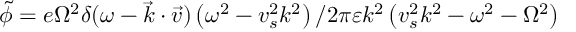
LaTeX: \widetilde { \phi } = e \Omega ^ { 2 } \delta ( \omega - \overrightarrow { k } \cdot \overrightarrow { v } ) \left( \omega ^ { 2 } - v _ { s } ^ { 2 } k ^ { 2 } \right) / 2 \pi \varepsilon k ^ { 2 } \left( v _ { s } ^ { 2 } k ^ { 2 } - \omega ^ { 2 } - \Omega ^ { 2 } \right)